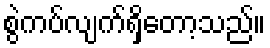
စွဲကပ်လျက်ရှိတော့သည်။